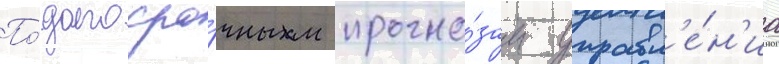
По́ долгосро́чным прогно́зам управл'е́н'иа